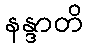
နန္ဒာတိ